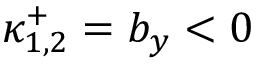
\kappa _ { 1 , 2 } ^ { + } = b _ { y } < 0